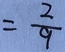
= \frac { 2 } { 9 }